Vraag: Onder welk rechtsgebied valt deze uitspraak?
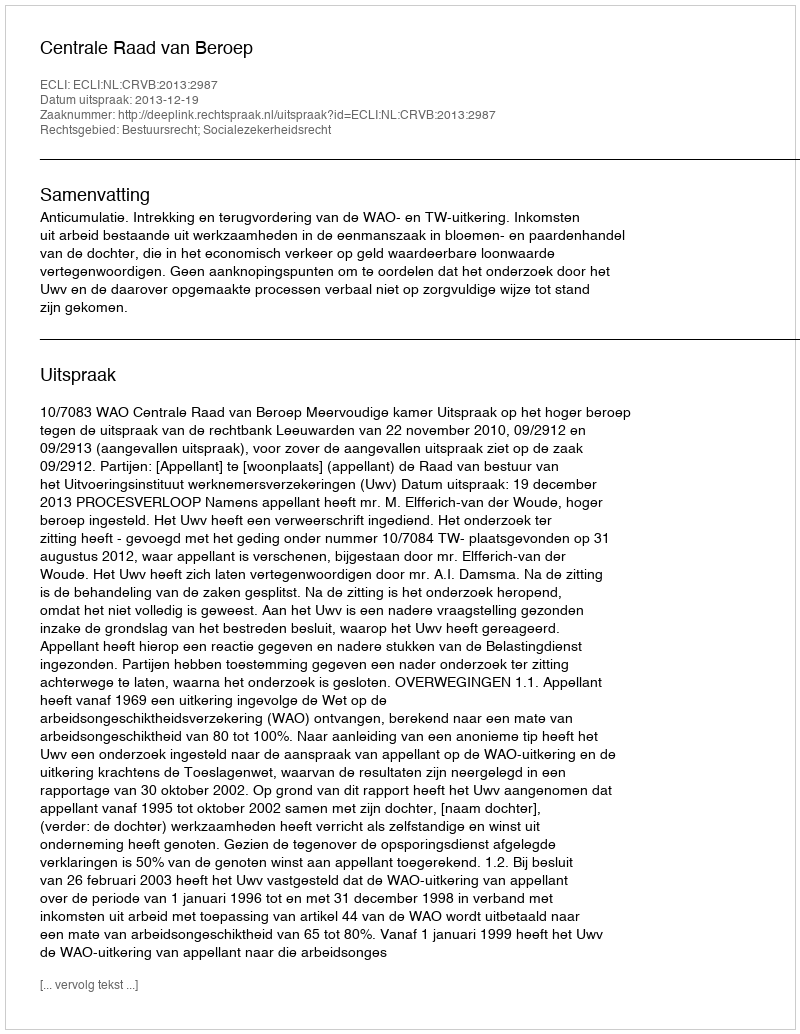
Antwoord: Bestuursrecht; Socialezekerheidsrecht